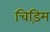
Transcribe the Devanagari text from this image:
चिड़िम